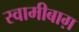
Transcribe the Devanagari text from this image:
स्वामीबाग़